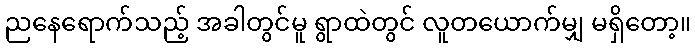
ညနေရောက်သည့် အခါတွင်မူ ရွာထဲတွင် လူတယောက်မျှ မရှိတော့။